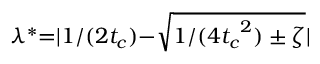
\lambda ^ { * } { = } | 1 / ( 2 t _ { c } ) { - } \sqrt { 1 / ( { 4 t _ { c } } ^ { 2 } ) \pm \zeta } |